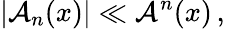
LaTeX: \left|{\cal A}_{n}(x)\right|\ll{\cal A}^{n}(x)\, ,